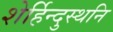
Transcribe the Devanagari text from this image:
शेर्हिन्दुस्थनि